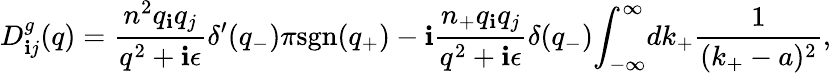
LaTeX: D_{\mathbf{i}j}^{g}(q)=\frac{{n^{2}q_{\mathbf{i}}q_{j}}}{{q^{2}+\mathbf{i}{\epsilon}}}{\delta}^{\prime}(q_{-}){\pi}\mathrm{{sgn}}(q_{+})-\mathbf{i}\frac{{n_{+}q_{\mathbf{i}}q_{j}}}{{q^{2}+\mathbf{i}{\epsilon}}}{\delta}(q_{-}){\int}_{-\infty}^{\infty}dk_{+}\frac{{1}}{{(k_{+}-a)^{2}}},